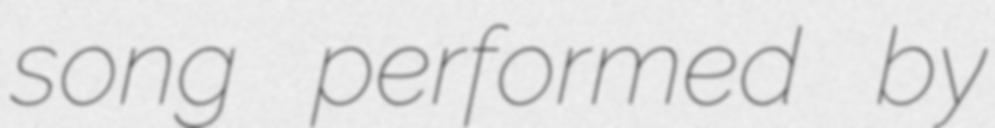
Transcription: song performed by